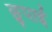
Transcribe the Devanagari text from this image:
छुपाई